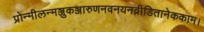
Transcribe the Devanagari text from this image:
प्रोन्मीलन्मञ्जुकञ्जारुणनवनयनव्रीडितानेककाम।